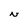
Character: N